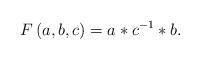
LaTeX: \begin{align*}F\left( a,b,c\right) =a*c^{-1}*b. \end{align*}